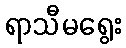
ရာသီမရွေး